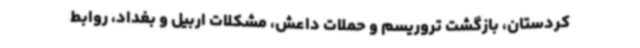
کردستان، بازگشت تروریسم و حملات داعش، مشکلات اربیل و بغداد، روابط